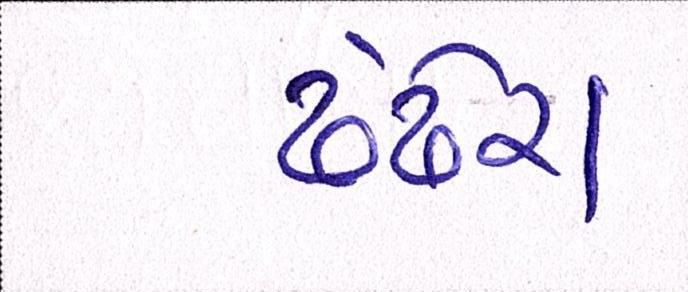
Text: ઢંઢેરા